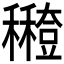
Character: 𥣸